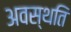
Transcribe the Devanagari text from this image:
अवस्थति